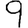
Digit: 9